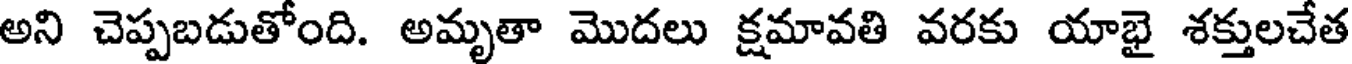
అని చెప్పబడుతోంది. అమృతా మొదలు క్షమావతి వరకు యాభై శక్తులచేత